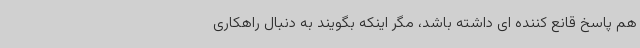
هم پاسخ قانع کننده ای داشته باشد، مگر اینکه بگویند به دنبال راهکاری